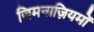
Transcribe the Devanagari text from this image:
जिमनाज़ियमों